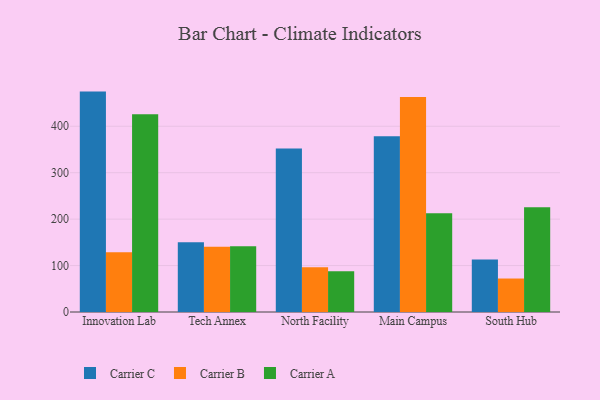
{"axis": {"x": "Campus", "y": "LTV (USD)"}, "legend": ["Carrier A", "Carrier B", "Carrier C"], "data": [{"x": "Innovation Lab", "y": 474.7, "type": "Carrier C"}, {"x": "Innovation Lab", "y": 128.9, "type": "Carrier B"}, {"x": "Innovation Lab", "y": 425.8, "type": "Carrier A"}, {"x": "Tech Annex", "y": 150.3, "type": "Carrier C"}, {"x": "Tech Annex", "y": 140.6, "type": "Carrier B"}, {"x": "Tech Annex", "y": 141.7, "type": "Carrier A"}, {"x": "North Facility", "y": 351.9, "type": "Carrier C"}, {"x": "North Facility", "y": 96.3, "type": "Carrier B"}, {"x": "North Facility", "y": 87.5, "type": "Carrier A"}, {"x": "Main Campus", "y": 378.6, "type": "Carrier C"}, {"x": "Main Campus", "y": 463.0, "type": "Carrier B"}, {"x": "Main Campus", "y": 212.8, "type": "Carrier A"}, {"x": "South Hub", "y": 113.0, "type": "Carrier C"}, {"x": "South Hub", "y": 72.1, "type": "Carrier B"}, {"x": "South Hub", "y": 225.5, "type": "Carrier A"}]}